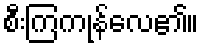
စီးကြကုန်လေ၏။